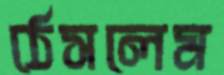
ঠেসলেম